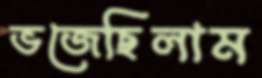
ভজেছিলাম